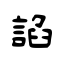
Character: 諂